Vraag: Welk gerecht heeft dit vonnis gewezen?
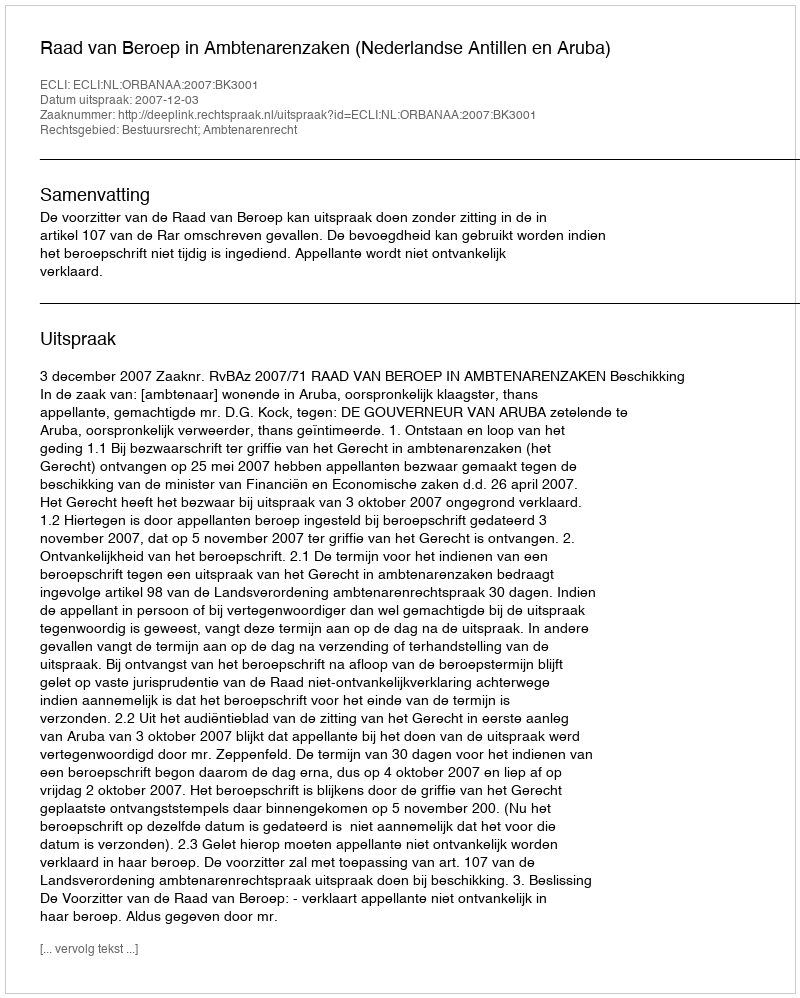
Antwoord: Raad van Beroep in Ambtenarenzaken (Nederlandse Antillen en Aruba)